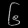
Digit: ၆